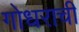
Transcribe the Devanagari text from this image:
गोधराची